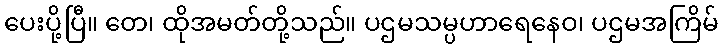
ပေးပို့ပြီ။ တေ၊ ထိုအမတ်တို့သည်။ ပဌမသမ္ပဟာရေနေဝ၊ ပဌမအကြိမ်